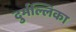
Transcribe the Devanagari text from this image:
दुर्मल्लिका